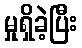
မှုရှိခဲ့ပြီး